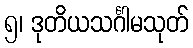
၅၊ ဒုတိယသင်္ဂါမသုတ်